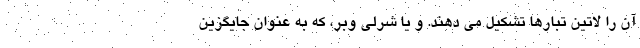
آن را لاتین تبارها تشکیل می دهند. و یا شرلی وبر، که به عنوان جایگزین